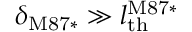
\delta _ { \mathrm { M 8 7 * } } \gg l _ { \mathrm { t h } } ^ { \mathrm { M 8 7 * } }